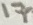
Text: 17